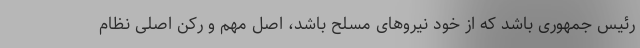
رئیس جمهوری باشد که از خود نیروهای مسلح باشد، اصل مهم و رکن اصلی نظام